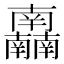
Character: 𰆂